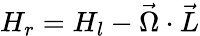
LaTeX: H_{r}=H_{l}-\vec{\Omega}\cdot\vec{L}